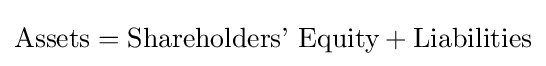
{\text{Assets}}={\text{Shareholders’ Equity}}+{\text{Liabilities}}